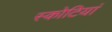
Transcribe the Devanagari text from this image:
स्कोटियां